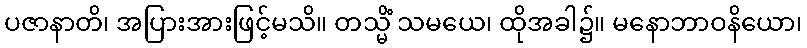
ပဇာနာတိ၊ အပြားအားဖြင့်မသိ။ တသ္မိံ သမယေ၊ ထိုအခါ၌။ မနောဘာဝနိယော၊